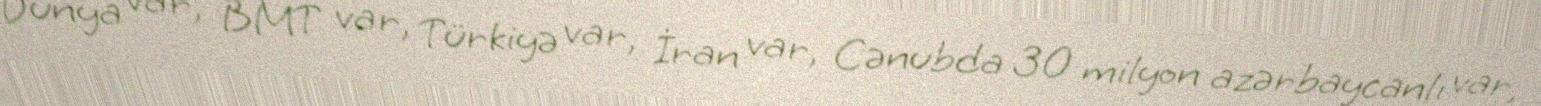
Dünya var, BMT var, Türkiyə var, İran var, Cənubda 30 milyon azərbaycanlı var,